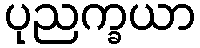
ပုညက္ခယာ